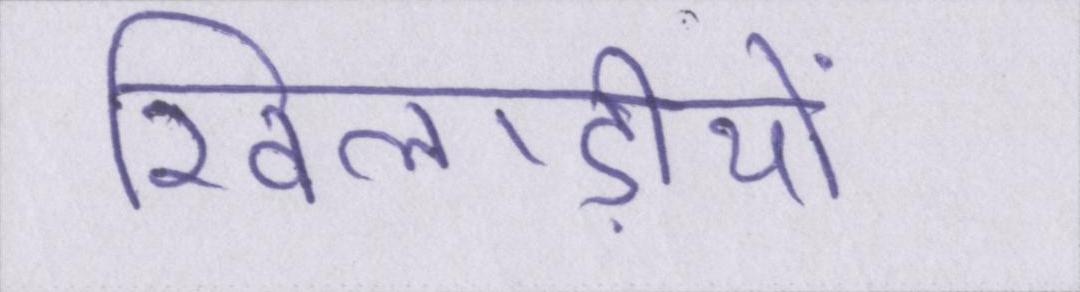
खिलाड़ीयों